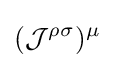
({\mathcal {J}}^{\rho \sigma })^{\mu }